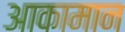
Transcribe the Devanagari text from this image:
आकामान